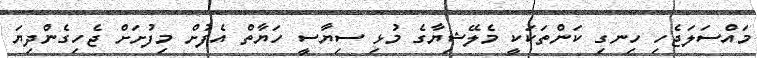
މައްސަލަޖެހި ހިނގި ކަންތަކަކީ މެލޭޝިޔާގެ މުޅި ސިޔާސީ ހަޔާތް އެފުށް މިފުށަށް ޖެހިގެންދިޔަ